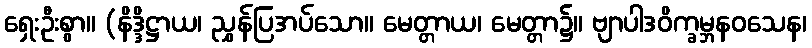
ရှေးဦးစွာ။ (နိဒ္ဒိဋ္ဌာယ၊ ညွှန်ပြအပ်သော။ မေတ္တာယ၊ မေတ္တာ၌။ ဗျာပါဒဝိက္ခမ္ဘနဝသေန၊